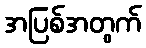
အပြစ်အတွက်